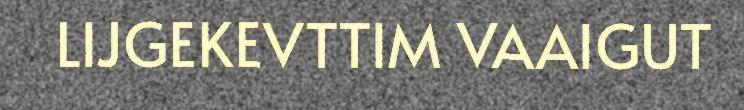
LIJGEKEVTTIM VAAIGUT